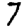
Digit: 7